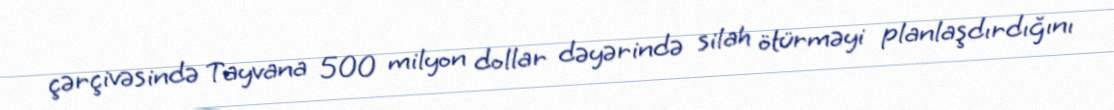
çərçivəsində Tayvana 500 milyon dollar dəyərində silah ötürməyi planlaşdırdığını